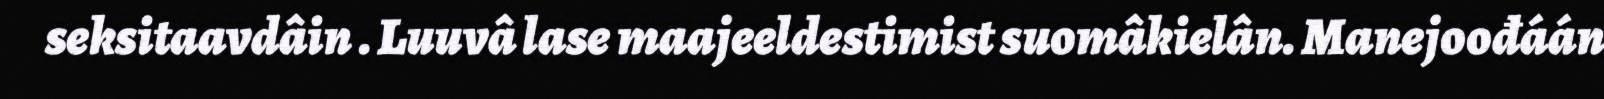
seksitaavdâin . Luuvâ lase maajeeldestimist suomâkielân. Manejoođáán